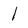
Character: l